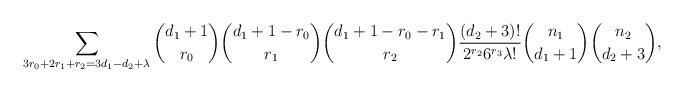
LaTeX: \begin{align*}\sum_{3r_0+2r_1+r_2=3d_1-d_2+\lambda} {d_1+1 \choose r_0} {d_1+1-r_0 \choose r_1} {d_1+1-r_0-r_1 \choose r_2}\frac{(d_2+3)!}{2^{r_2}6^{r_3}\lambda!}{n_1 \choose d_1+1}{n_2 \choose d_2+3}, \end{align*}